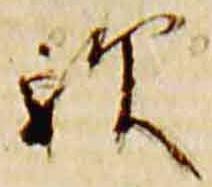
歟